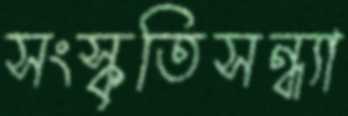
সংস্কৃতিসন্ধ্যা